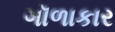
ગૉળાકાર